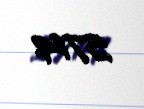
5714